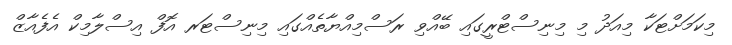
މިކަމަށްޓަކާ މިއަދު މި މިނިސްޓްރީގައި ބޭއްވި ރަސްމިއްޔާތެއްގައި މިނިސްޓަރ އޮފް އިސްލާމިކް އެފެއާޒް